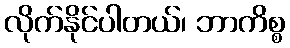
လိုက်နိုင်ပါတယ်၊ ဘာကိစ္စ